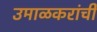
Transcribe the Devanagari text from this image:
उमाळकरांची